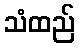
သံထည်